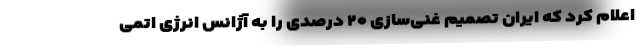
اعلام کرد که ایران تصمیم غنی‌سازی ۲۰ درصدی را به آژانس انرژی اتمی